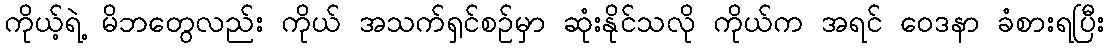
ကိုယ့်ရဲ့ မိဘတွေလည်း ကိုယ် အသက်ရှင်စဉ်မှာ ဆုံးနိုင်သလို ကိုယ်က အရင် ဝေဒနာ ခံစားရပြီး